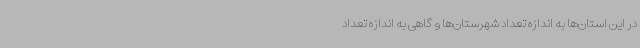
در این استان‌ها به اندازه تعداد شهرستان‌ها و گاهی به‌ اندازه تعداد